Investigations on Bengal jail dietaries - Number 37
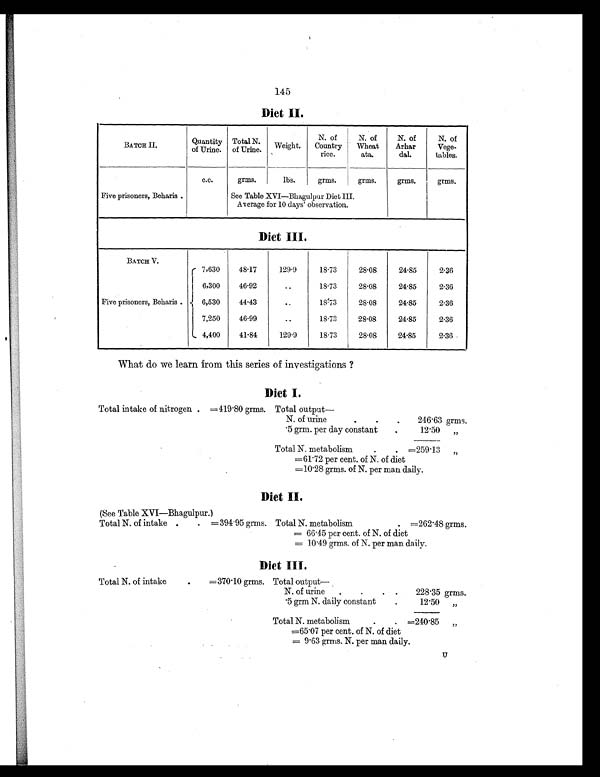
145
Diet II.
B A T C H I I .
Quantity
of Urine.
Total N.
of Urine
.
Weight.
N. of
Country
rice.
N. of
Wheat
ata.
N. of
Arhar
dal.
N. of
Vege-
tables.
c.c.
grms.
lbs.
grms.
grms.
grms.
grms.
Five prisoners, Beharis .
See Table XVI—Bhagulpur Diet III.
Average for 10 days' observation.
Diet III.
BATCH V.
Five prisoners, Beharis .
7,630
48.17
129.9
18.73
28.08
24.85
2.36
6,300
46.92
..
18.73
28.08
24.85
2.36
6,530
44.43
..
18.73
28.08
24.85
2.36
7,250
46.99
..
18.73
28.08
24.85
2.36
4,400
41.84
129.9
18.73
28.08
24.85
2.36
What do we learn from this series of investigations ?
Diet I.
Total intake of nitrogen . =419.80 grms. Total output
—
N. of urine
.
.
.
246.63 grms.
.5 grm. per day constant
.
12.50 „
Total N. metabolism
.
. =259.13 „
=61.72 per cent. of N. of diet
=10.28 grms. of N. per man daily.
Diet II.
(See Table XVI—Bhagulpur.)
Total N. of intake .
. =394.95 grms. Total N. metabolism
. =262.48 grms.
= 66.45 per cent. of N. of diet
= 10.49 grms. of N. per man daily.
Diet III.
Total N. of intake
.
=370.10 grms. Total output
—
N. of urine .
.
. .
228.35 grms.
.5 grm N. daily constant
.
12.50 „
Total N. metabolism
.
. =240.85 „
=65.07 per cent. of N. of diet
= 9.63 grms. N. per man daily.
U